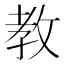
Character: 教